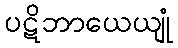
ပဋိဘာယေယျုံ